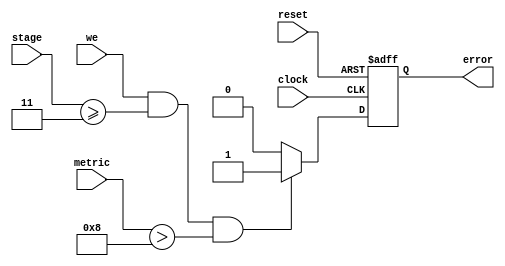
/*============================================================================
   module eSYNCERR_213.v

   Out of Synch Error Detector for  (2,1,3) Viterbi decoder.
   
   John O'Shea, joshea@emc.com
   
===========================================================================*/
`timescale 1 ns/1 ns


module eSYNCERR_213  (error, stage, we, metric, reset, clock
                 );


   output error;

   input [3:0] stage;
   input [2:0] metric;
   input       we;
   input       reset;
   input       clock;
   reg 	       error;
   

always @(posedge clock or posedge reset)
  begin
     if (reset)
       error <=1'b0;
     else
       begin
          if (we && stage >=4'b0011 && metric >4'b1000)
            error <=1'b1;
	  else
	    error <=1'b0;
       end
  end



endmodule